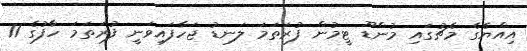
އިއްޔެގެ މެޗުގައި މުންޑޫ ޓީމުން ފުރަތަމަ ލަނޑު ޖަހާފައިވަނީ ފުރަތަމަ ހާފުގެ 11